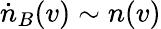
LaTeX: \dot{n}_{B}(v)\sim n(v)